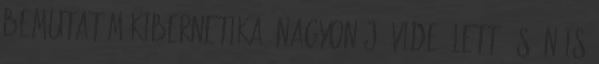
Bemutatóm Kibernetika: Nagyon jó videó lett. És én is